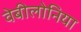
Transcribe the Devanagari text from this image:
वेबीलोनिया